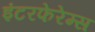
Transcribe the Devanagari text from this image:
इंटरफेरेम्स